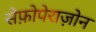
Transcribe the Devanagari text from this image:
सेफ़ोपेराज़ोन